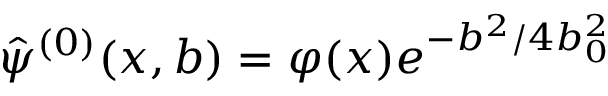
\hat { \psi } ^ { ( 0 ) } ( x , b ) = \varphi ( x ) e ^ { - b ^ { 2 } / 4 b _ { 0 } ^ { 2 } }